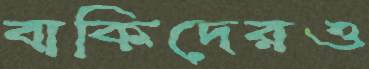
বাকিদেরও